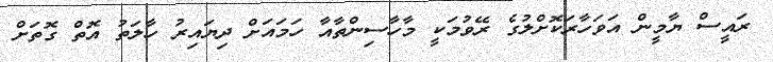
ރައީސް ޔާމީން އަވަހާރަކޮށްލުުުގެ ރޭވުމަކީ މާހާސިންތާއާ ހަމައަށް ދިޔައިރު ހާލަތު އޮތް ގޮތަށް